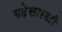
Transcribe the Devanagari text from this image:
गदेसारखी